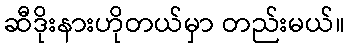
ဆီဒိုးနားဟိုတယ်မှာ တည်းမယ်။